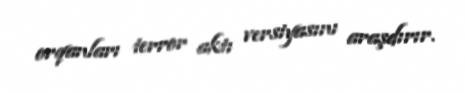
orqanları terror aktı versiyasını araşdırır.